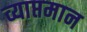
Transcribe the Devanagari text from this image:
व्याप्तमान